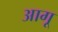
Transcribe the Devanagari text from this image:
आगू